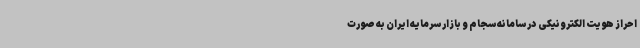
احراز هویت الکترونیکی در سامانه سجام و بازار سرمایه ایران به صورت